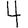
Digit: 4